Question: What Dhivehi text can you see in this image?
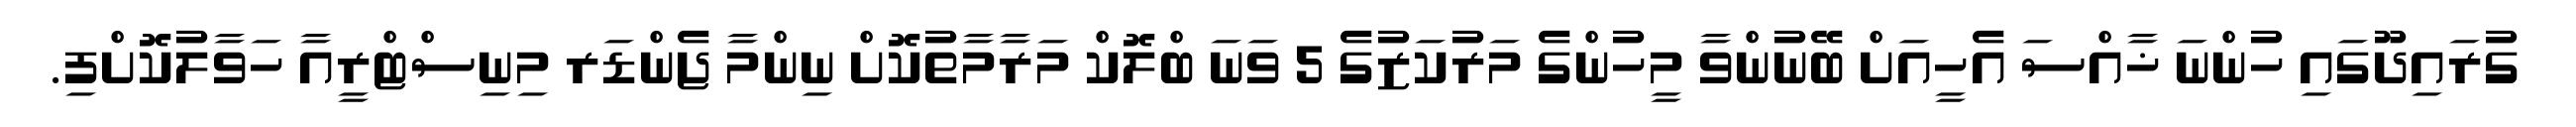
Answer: ގުރައިދޫގައި ހުންނަ ޚާއްސަ އެހީއަށް ބޭނުންވާ މީހުންގެ މަރުކަޒުގެ 5 ވަނަ ބްލޮކް މަރާމާތުކޮށް ނިންމާ ޖެންޑަރ މިނިސްޓްރީއާ ހަވާލުކޮށްފި.